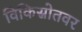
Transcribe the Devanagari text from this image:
विकिस्रोतवर